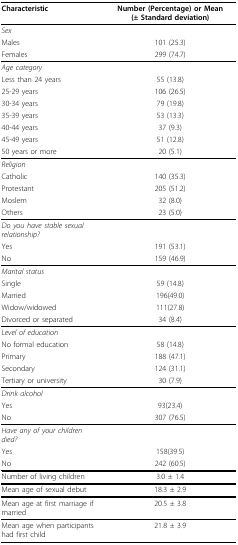
| Characteristic | Number (Percentage) or Mean (± Standard deviation) |
 | --- | --- |
 | Sex |  |
 | Males | 101 (25.3) |
 | Females | 299 (74.7) |
 | Age category |  |
 | Less than 24 years | 55 (13.8) |
 | 25-29 years | 106 (26.5) |
 | 30-34 years | 79 (19.8) |
 | 35-39 years | 53 (13.3) |
 | 40-44 years | 37 (9.3) |
 | 45-49 years | 51 (12.8) |
 | 50 years or more | 20 (5.1) |
 | Religion |  |
 | Catholic | 140 (35.3) |
 | Protestant | 205 (51.2) |
 | Moslem | 32 (8.0) |
 | Others | 23 (5.0) |
 | Do you have stable sexual relationship? |  |
 | Yes | 191 (53.1) |
 | No | 159 (46.9) |
 | Marital status |  |
 | Single | 59 (14.8) |
 | Married | 196(49.0) |
 | Widow/widowed | 111(27.8) |
 | Divorced or separated | 34 (8.4) |
 | Level of education |  |
 | No formal education | 58 (14.8) |
 | Primary | 188 (47.1) |
 | Secondary | 124 (31.1) |
 | Tertiary or university | 30 (7.9) |
 | Drink alcohol |  |
 | Yes | 93(23.4) |
 | No | 307 (76.5) |
 | Have any of your children died? |  |
 | Yes | 158(39.5) |
 | No | 242 (60.5) |
 | Number of living children | 3.0 ± 1.4 |
 | Mean age of sexual debut | 18.3 ± 2.9 |
 | Mean age at first marriage if married | 20.5 ± 3.8 |
 | Mean age when participants had first child | 21.8 ± 3.9 |